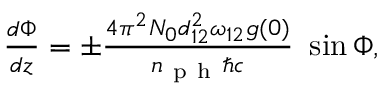
\begin{array} { r } { \frac { d \Phi } { d z } = \pm \frac { 4 \pi ^ { 2 } N _ { 0 } d _ { 1 2 } ^ { 2 } \omega _ { 1 2 } g ( 0 ) } { n _ { \mathrm { ~ p ~ h ~ } } \hbar c } \ \sin \Phi , } \end{array}